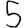
Digit: 5